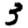
Digit: 3